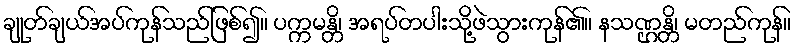
ချုတ်ချယ်အပ်ကုန်သည်ဖြစ်၍။ ပက္ကမန္တိ၊ အရပ်တပါးသို့ဖဲသွားကုန်၏။ နသဏ္ဌန္တိ၊ မတည်ကုန်။